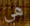
هي